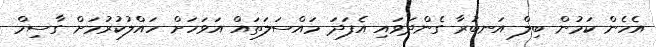
އެހެން ކަމުން ބިލް އަނބުރާ ގެންދަވައި އެފަދަ މައްސަލަތައް އަވަހަށް ހައްލުކުރުމަށް ގާސިމް